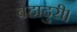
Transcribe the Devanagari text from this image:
बहादुरी।